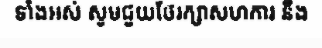
ទាំងអស់ សូមជួយថែរក្សាសហការ នឹង